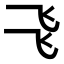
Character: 𠃧